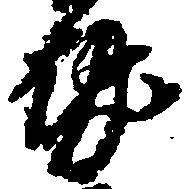
勢